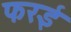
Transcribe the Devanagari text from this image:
फरई